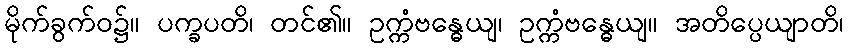
မိုက်ခွက်ဝ၌။ ပက္ခပတိ၊ တင်၏။ ဥက္ကံဗန္ဓေယျ၊ ဥက္ကံဗန္ဓေယျ။ အတိပ္ပေယျာတိ၊